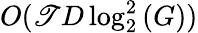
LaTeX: O(\mathscr{T}D\log_{2}^{2}{(G)})